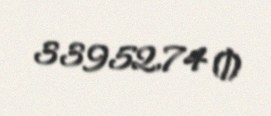
33952,74 ₼